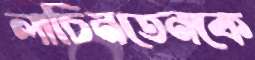
লাচিনতেনকে